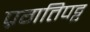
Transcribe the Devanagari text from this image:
प्रगतिपट्ट